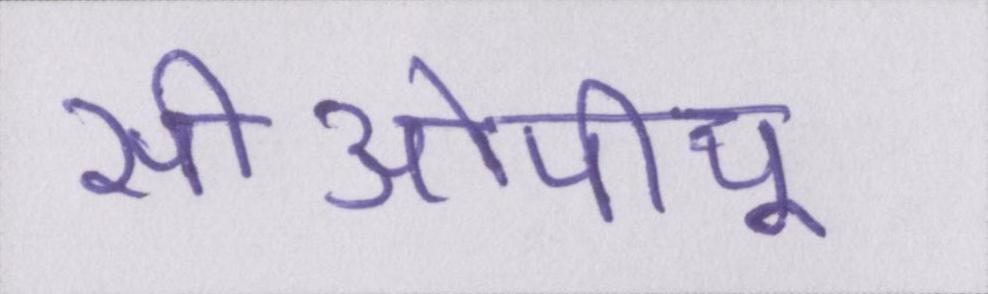
सीओपीयू